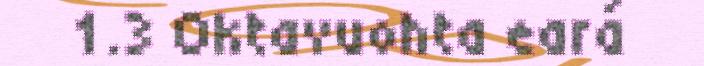
1.3 Oktavuohta eará